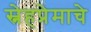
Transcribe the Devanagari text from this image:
स्नेहप्रेमाचे